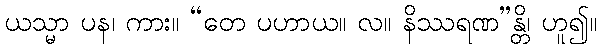
ယသ္မာ ပန၊ ကား။ “တေ ပဟာယ။ လ။ နိဿရဏ”န္တိ၊ ဟူ၍။